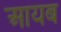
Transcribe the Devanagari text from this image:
आयब